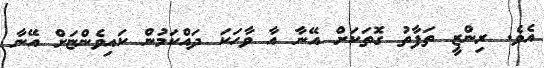
އެވެ. ރިންޒީ ތަފާތު ގޮތަކަށް އޭނާ އާ ވާހަކަ ދައްކަމުން ކައިވެންޏަށް އޭނާ